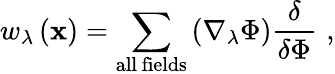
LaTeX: w_{\lambda}\left(\mathbf{x}\right)=\sum_{\mathrm{{all\, fields}}}\left(\nabla_{\lambda}\Phi\right)\frac{\delta}{{\delta\Phi}}\, \, ,